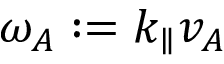
\omega _ { A } : = k _ { \parallel } v _ { A }